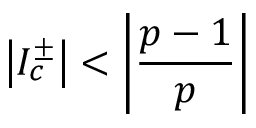
\left| I _ { c } ^ { \pm } \right| < \left| \displaystyle \frac { p - 1 } { p } \right|